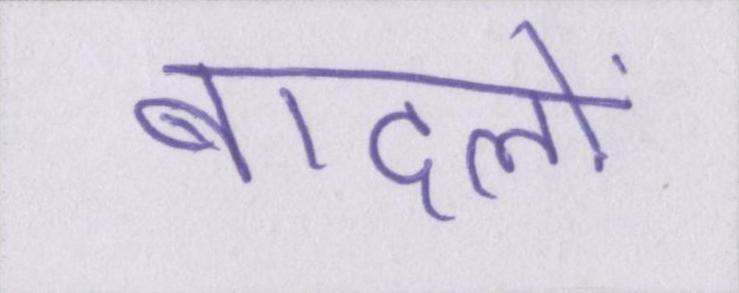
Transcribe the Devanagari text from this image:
बादलों